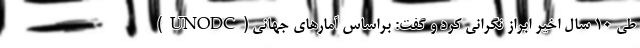
طی ۱۰ سال اخیر ابراز نگرانی کرد و گفت: براساس آمارهای جهانی (UNODC)